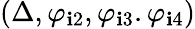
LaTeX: (\Delta,\varphi_{\mathbf{i}2},\varphi_{\mathbf{i}3}.\varphi_{\mathbf{i}4})